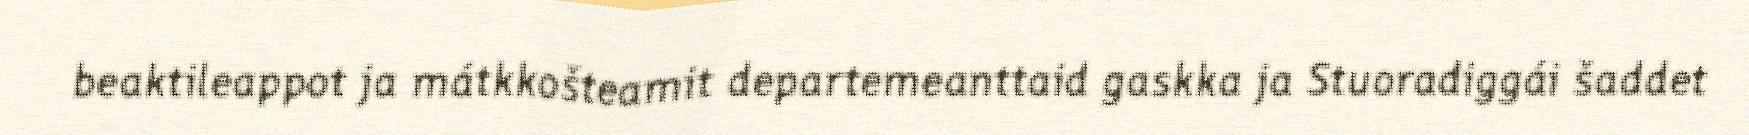
beaktileappot ja mátkkošteamit departemeanttaid gaskka ja Stuoradiggái šaddet